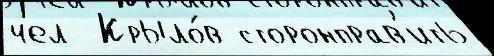
чел  Крыло́в сторонправ'ить